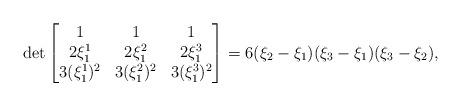
LaTeX: \begin{align*} \det \begin{bmatrix} 1&1&1\\ 2\xi_1^1&2\xi_1^2&2\xi_1^3 \\ 3(\xi_1^1)^2&3(\xi_1^2)^2&3(\xi_1^3)^2 \end{bmatrix}&= 6(\xi_2-\xi_1)(\xi_3-\xi_1)(\xi_3-\xi_2),\end{align*}